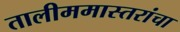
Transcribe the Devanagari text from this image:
तालीममास्तरांचा